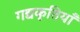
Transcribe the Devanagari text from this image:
गद्यकृतियाँ